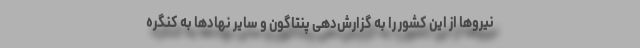
نیروها از این کشور را به گزارش‌دهی پنتاگون و سایر نهادها به کنگره